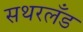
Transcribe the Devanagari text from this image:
सथरलँड